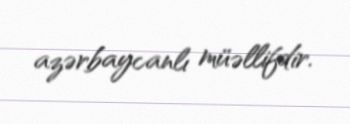
azərbaycanlı müəllifdir.